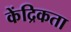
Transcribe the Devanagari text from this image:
केंद्रिकता